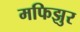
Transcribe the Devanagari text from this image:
मफिझुर